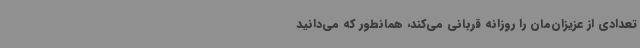
تعدادی از عزیزان‌مان را روزانه قربانی می‌کند، همانطور که می‌دانید